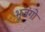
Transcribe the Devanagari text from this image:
भुजंगो